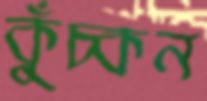
কুঁচ্‌কন